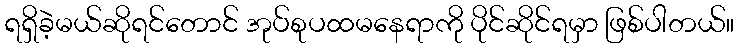
ရရှိခဲ့မယ်ဆိုရင်တောင် အုပ်စုပထမနေရာကို ပိုင်ဆိုင်ရမှာ ဖြစ်ပါတယ်။